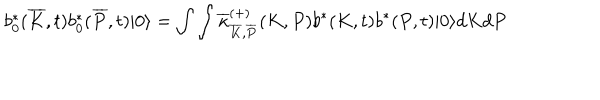
b _ { 0 } ^ { \ast } ( \overline { { { K } } } , t ) b _ { 0 } ^ { \ast } ( \overline { { { P } } } , t ) | 0 \rangle = \int \int \overline { { { \kappa } } } _ { \overline { { { K } } } , \overline { { { P } } } } ^ { ( + ) } ( K , P ) b ^ { \ast } ( K , t ) b ^ { \ast } ( P , t ) | 0 \rangle d K d P